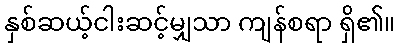
နှစ်ဆယ့်ငါးဆင့်မျှသာ ကျန်စရာ ရှိ၏။